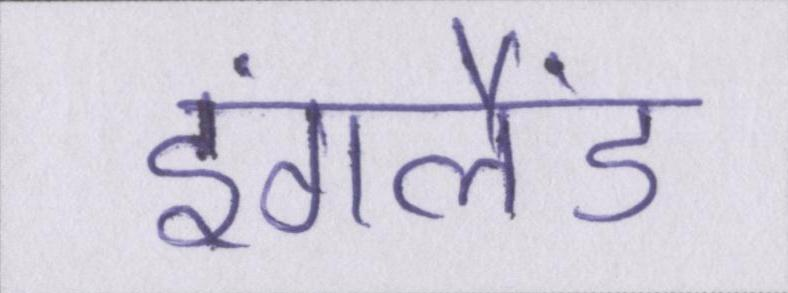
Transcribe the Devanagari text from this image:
इंगलैंड